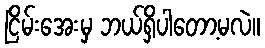
ငြိမ်းအေးမှ ဘယ်ရှိပါတော့မလဲ။